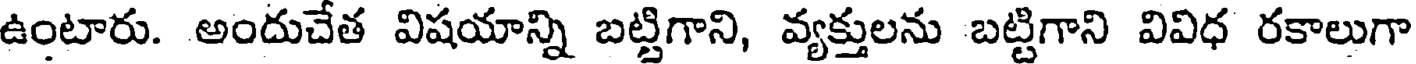
ఉంటారు. అందుచేత విషయాన్ని బట్టిగాని, వ్యక్తులను బట్టిగాని వివిధ రకాలుగా